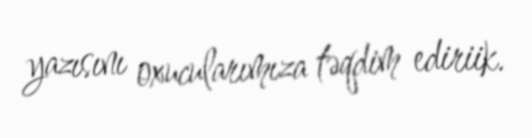
yazısını oxucularımıza təqdim ediriik.